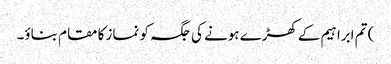
) تم ابراہیم کےکھڑے ہونے کی جگہ کو نماز کا مقام بناؤ۔